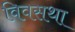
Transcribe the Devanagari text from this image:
विवसथा